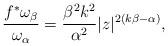
LaTeX: \begin{align*}\dfrac{f^\ast \omega_\beta}{\omega_\alpha }= \dfrac{\beta^2 k^2}{\alpha^2 }|z|^{2(k\beta-\alpha )},\end{align*}